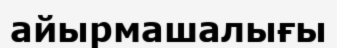
айырмашалығы